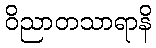
ဝိညာတသာရာနိ